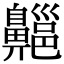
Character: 齆